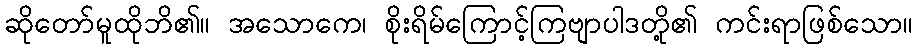
ဆိုတော်မူထိုဘိ၏။ အသောကေ၊ စိုးရိမ်ကြောင့်ကြဗျာပါဒတို့၏ ကင်းရာဖြစ်သော။